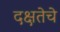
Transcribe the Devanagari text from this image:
दक्षतेचे